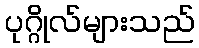
ပုဂ္ဂိုလ်များသည်